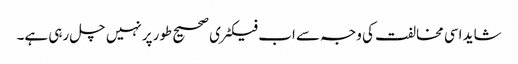
شاید اسی مخالفت کی وجہ سے اب فیکٹری صحیح طورپر نہیں چل رہی ہے۔